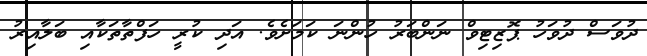
ދުވަސް ދުވަހު ޕޮޒިޓިވް ނަންބަރު ހުންނަ ކަމަށެވެ. އަދި ކުރީ ހަފްތާތަކާއި ބަލާއިރު